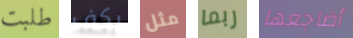
طلبت يكف مثل ربما أضاجعها